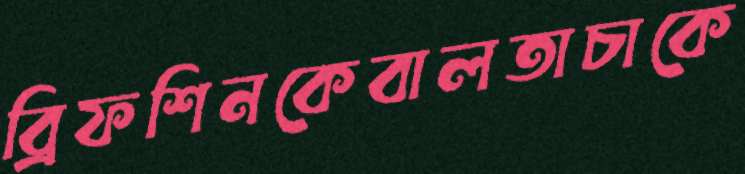
ব্রিফশিনকেবালতাচাকে